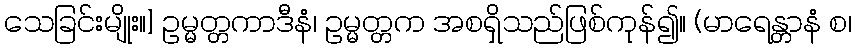
သေခြင်းမျိုး။] ဥမ္မတ္တကာဒီနံ၊ ဥမ္မတ္တက အစရှိသည်ဖြစ်ကုန်၍။ (မာရေန္တာနံ စ၊